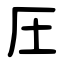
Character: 圧